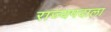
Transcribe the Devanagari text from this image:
राज्यपदाला